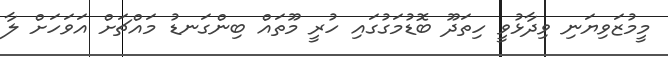
މީމުޒަވިޔަނި ވިދާޅުވީ ހިތަދޫ ބޮޑުމަގުގައި ހުރީ މޫތައް ބިންގަނޑު މައްޗަށް އަވަހަށް ލާ